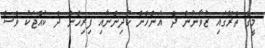
މީގެ ތެރޭގައި ޒުވާނުން ދެ އަންހެން ކުދިންނާއި ފިރިހެން ދެ ކުއްޖަކު ވެސް